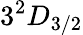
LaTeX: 3^{2}D_{3/2}